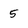
Character: 5